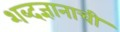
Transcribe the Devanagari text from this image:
शब्दज्ञानाची